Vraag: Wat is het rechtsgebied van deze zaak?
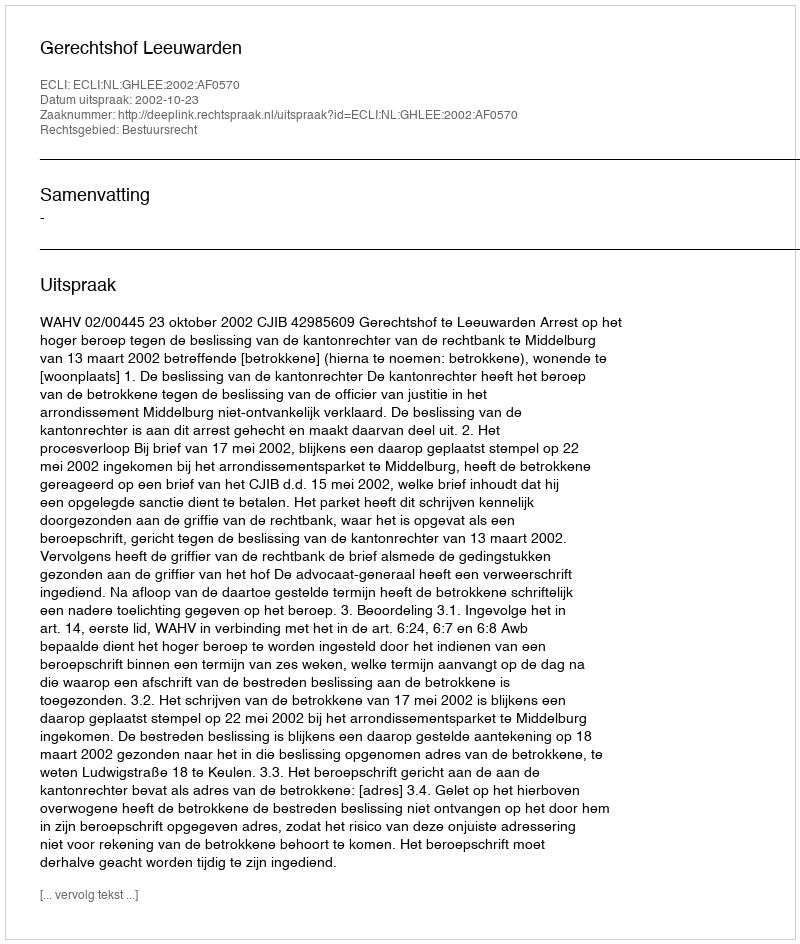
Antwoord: Bestuursrecht